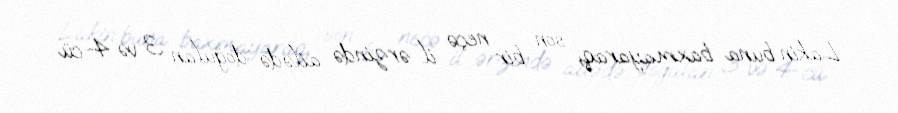
Lakin buna baxmayaraq, son bir neçə il ərzində ailədə doğulan 3 və 4-cü